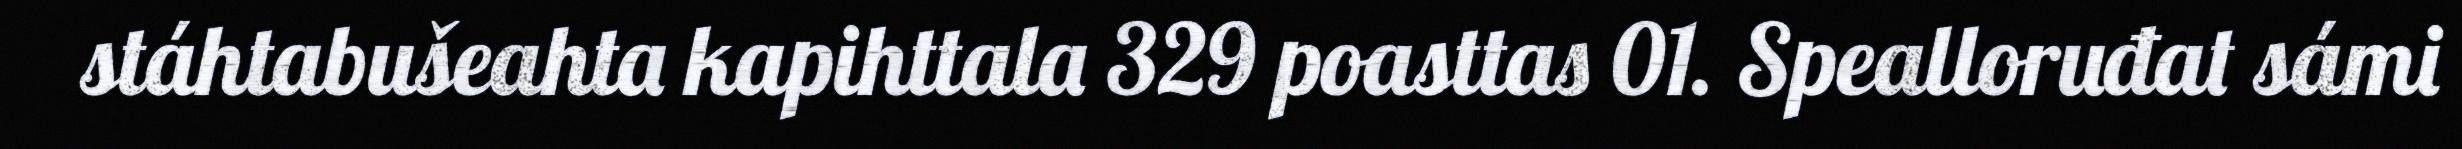
stáhtabušeahta kapihttala 329 poasttas 01. Spealloruđat sámi